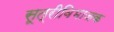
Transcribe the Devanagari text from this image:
सूत्रीविभाजक